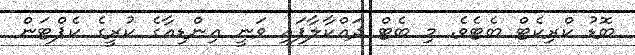
ބޮޑު ކްރިކެޓް ބެޓެވެ. މި ބެޓް ދައްކާލާފައި ވަނީ އިންޑިއާގެ ކުރީގެ ކެޕްޓަން